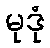
မုဒုံ